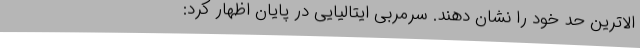
الاترین حد خود را نشان دهند. سرمربی ایتالیایی در پایان اظهار کرد: